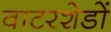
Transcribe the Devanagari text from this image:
वाटरशेडों